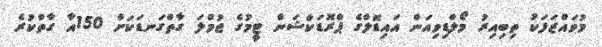
މުވައްޒަފަކު ތިބިއިރު މޯލްޑިވިއަން އައިޑޮލްގެ ޕްރޮޑަކްޝަން ޓީމުގެ ޖުމްލަ ގާތްގަނޑަކަށް 150އާ ގާތްކުރެ